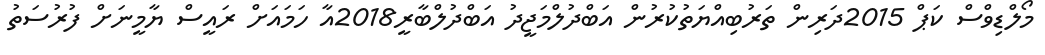
މޯލްޑިވްސް ކަޕް 2015ދަރިން ތަރުބިއްޔަތުކުރުން އަބްދުލްމަޖީދު އަބްދުލްބާރީ2018އާ ހަމައަށް ރައީސް ޔާމީނަށް ފުރުސަތު